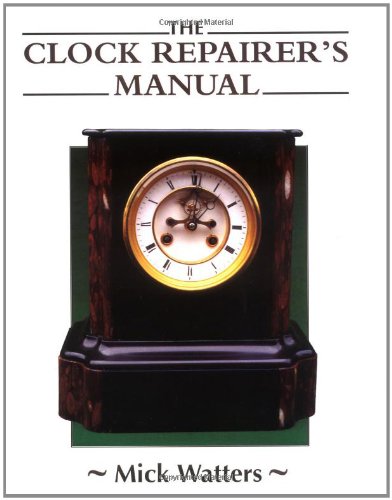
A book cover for The Clock Repairer's Manual (Manual of Techniques); Mick Watters; Crafts, Hobbies & Home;